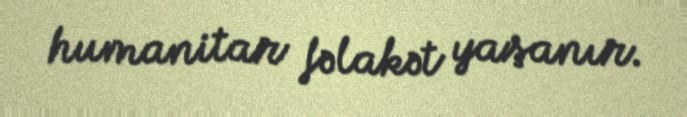
humanitar fəlakət yaşanır.